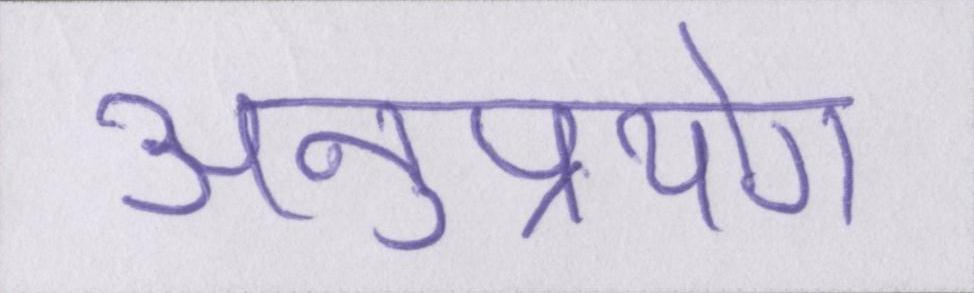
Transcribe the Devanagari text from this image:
अनुप्रयोग